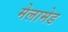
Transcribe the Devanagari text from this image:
मेलामेड